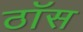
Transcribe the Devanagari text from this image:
ठॉस